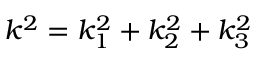
k ^ { 2 } = k _ { 1 } ^ { 2 } + k _ { 2 } ^ { 2 } + k _ { 3 } ^ { 2 }